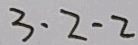
3 \cdot 2 \cdot 2